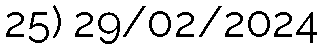
25) 29/02/2024